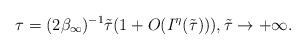
LaTeX: \begin{align*} \tau = (2\beta_\infty)^{-1} \tilde \tau (1 + O(I^\eta(\tilde \tau))), \tilde \tau \to +\infty. \end{align*}